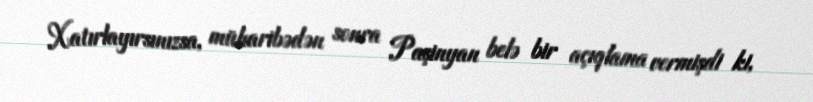
Xatırlayırsınızsa, müharibədən sonra Paşinyan belə bir açıqlama vermişdi ki,